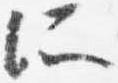
所